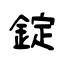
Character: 錠